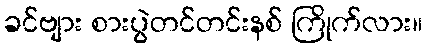
ခင်ဗျား စားပွဲတင်တင်းနစ် ကြိုက်လား။